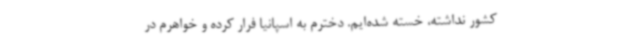
کشور نداشته، خسته شده‌ایم. دخترم به اسپانیا فرار کرده و خواهرم در